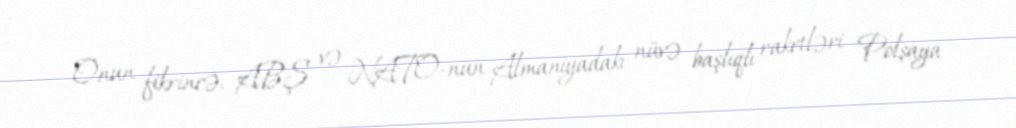
Onun fikrincə, ABŞ və NATO-nun Almaniyadakı nüvə başlıqlı raketləri Polşaya